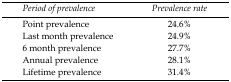
| Period of prevalence | Prevalence rate |
 | --- | --- |
 | Point prevalence | 24.6% |
 | Last month prevalence | 24.9% |
 | 6 month prevalence | 27.7% |
 | Annual prevalence | 28.1% |
 | Lifetime prevalence | 31.4% |